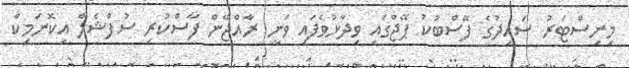
މިނިސްޓަރު ސައީދުގެ ފޭސްބުކު ޕޭޖްގައި ވިދާޅުވެފައި ވަނީ ރާއްޖޭން ފާސްކުރި ސުޕްޝެލް އިކޮނަމިކް